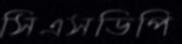
সিএসডিপি